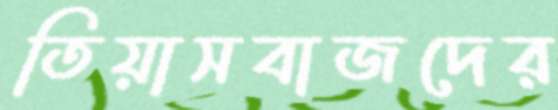
তিয়াসবাজদের